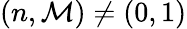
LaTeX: (n,\mathcal{M})\neq(0,1)